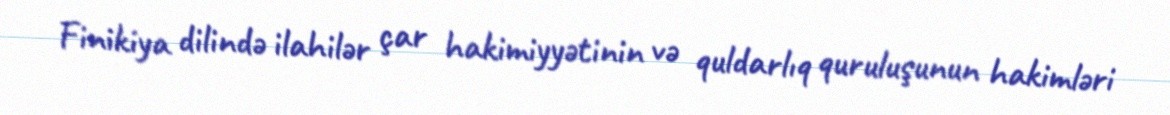
Finikiya dilində ilahilər çar hakimiyyətinin və quldarlıq quruluşunun hakimləri